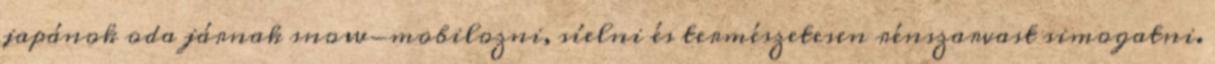
japánok oda járnak snow-mobilozni, síelni és természetesen rénszarvast simogatni.